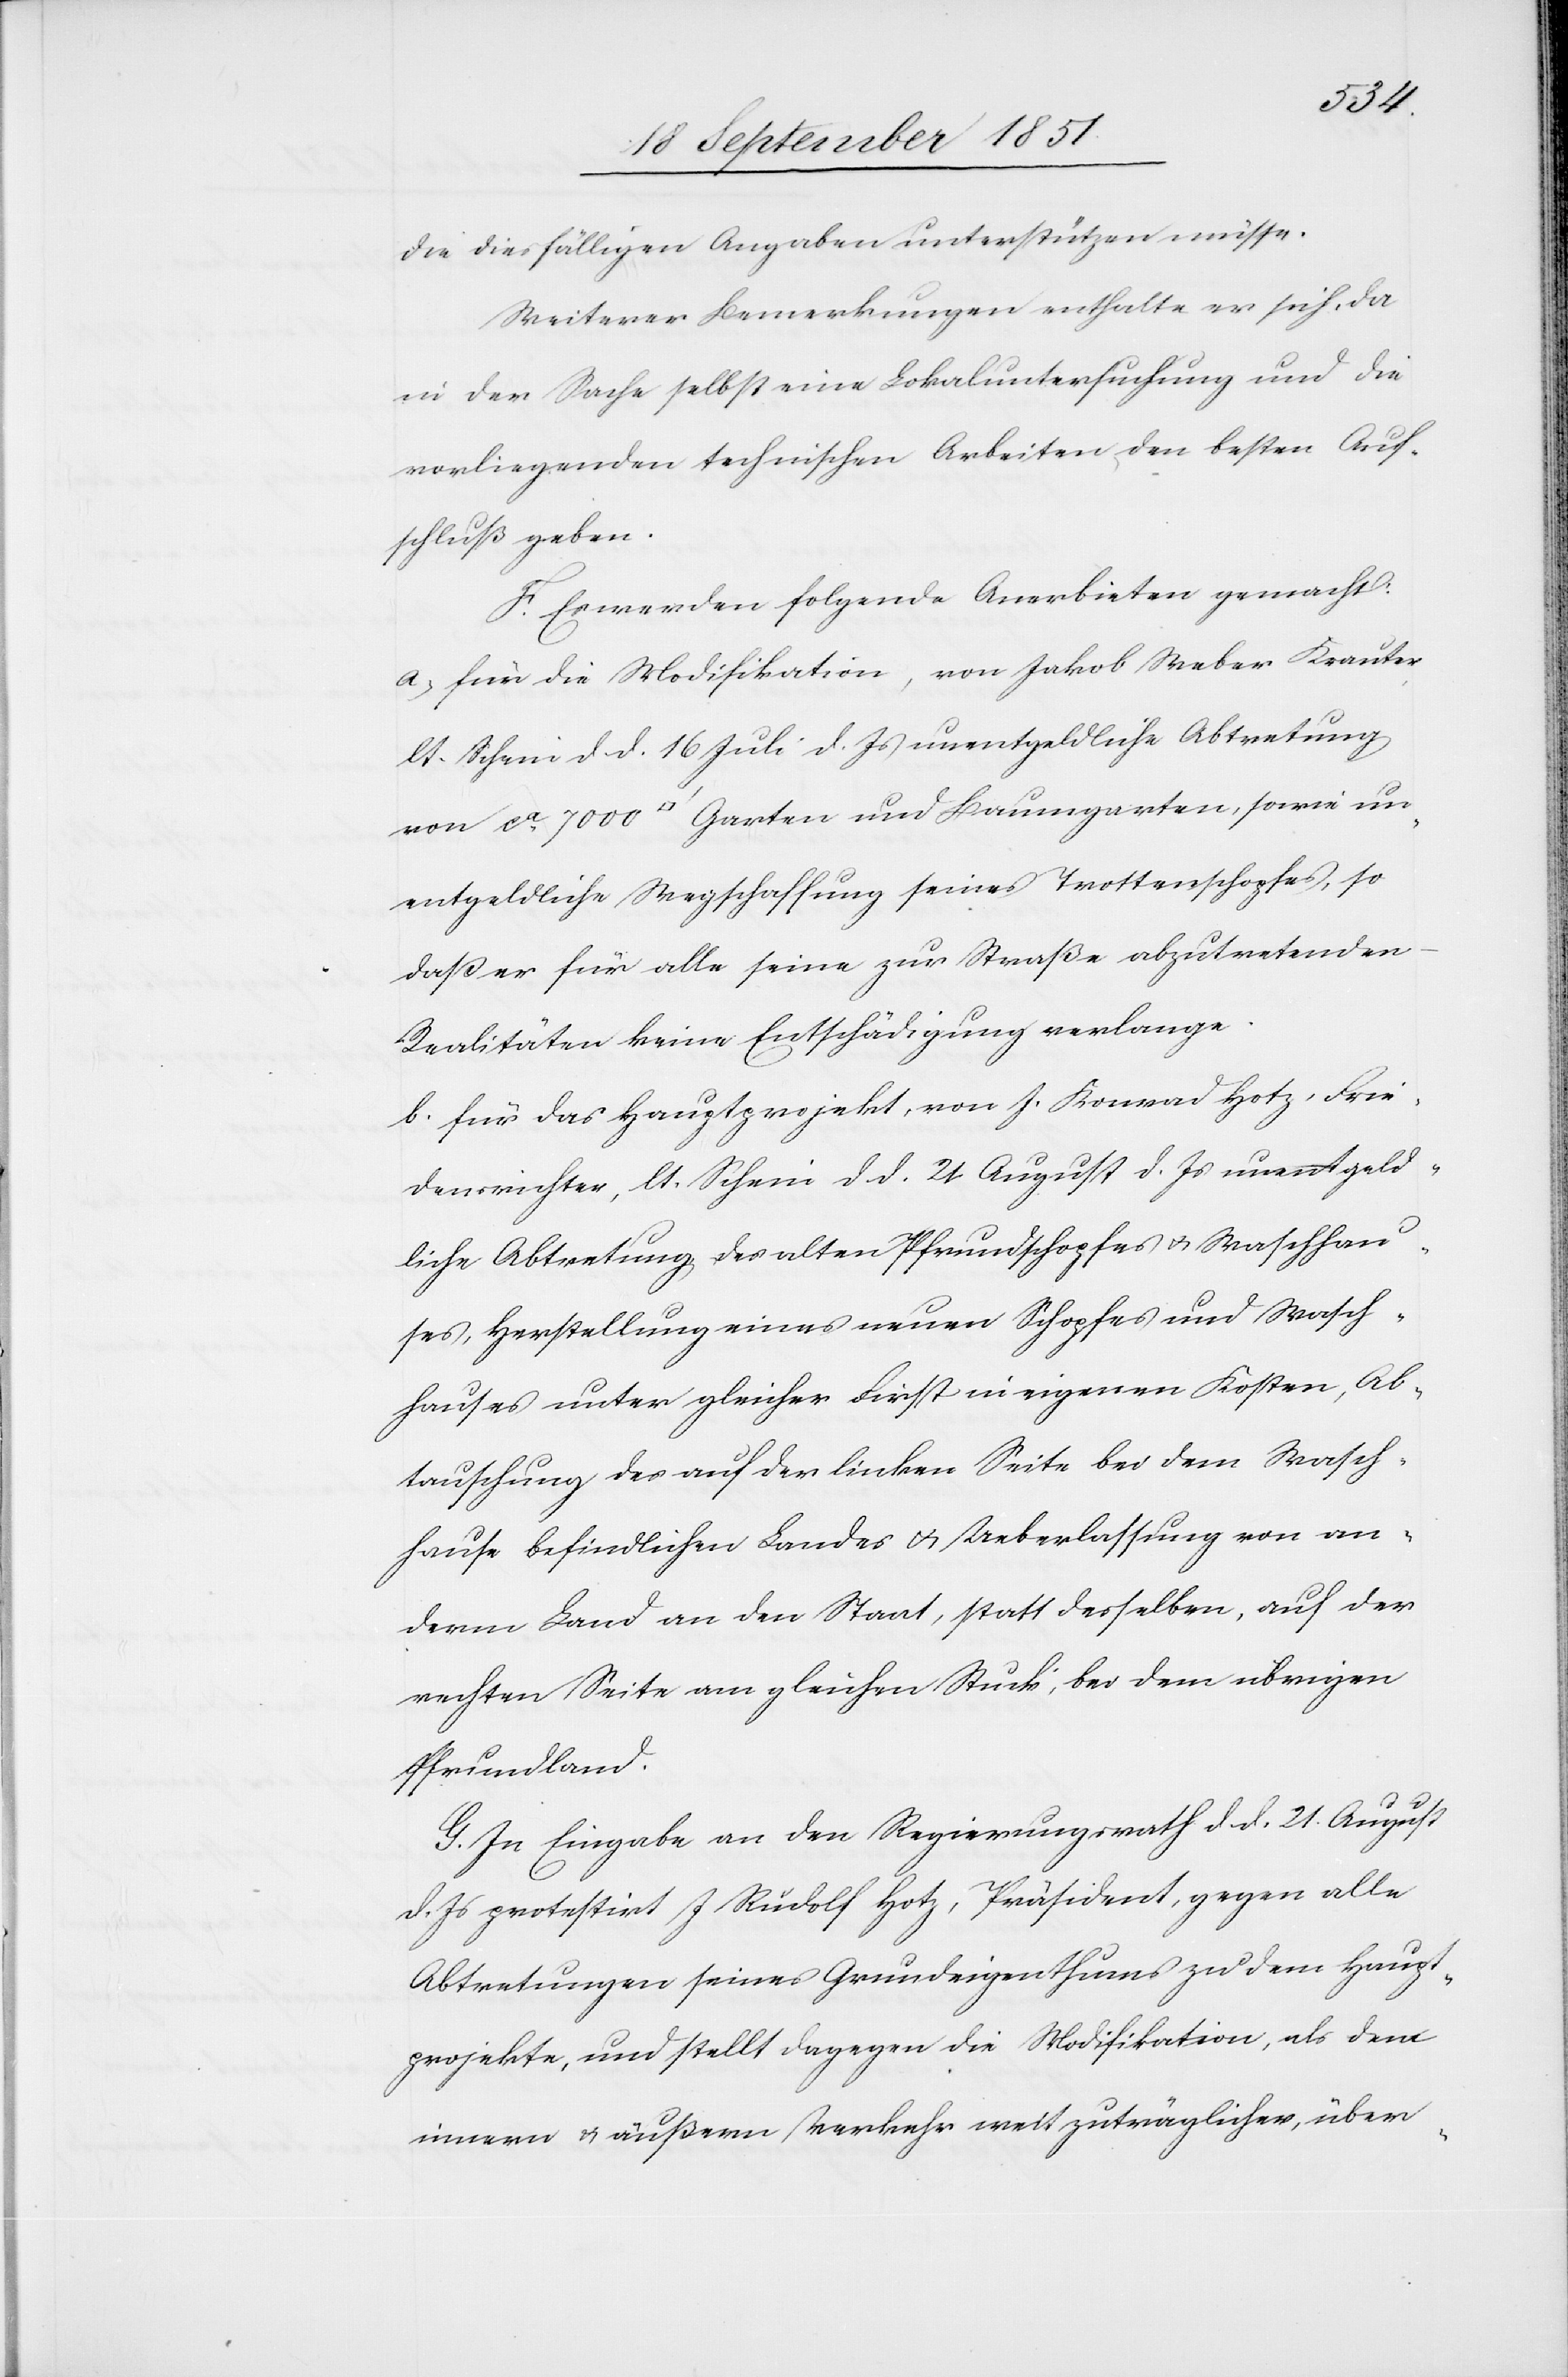
die diesfälligen Angaben unterstützen müsse.
Weiterer Bemerkungen enthalte er sich, da
in der Sache selbst eine Lokaluntersuchung und die
vorliegenden technischen Arbeiten den besten Auf¬
schluß geben.
F. Es werden folgende Anerbieten gemacht:
a.) für die Modifikation, von Jakob Weber Krauter,
lt. Scheni d. d. 16 Juli d. Js unentgeldliche Abtretung
von ca. 7000 [Quadratfuß] Garten und Baumgarten, sowie un¬
entgeldliche Wegschaffung seines Trottenschopfes, so
daß er für alle seine zur Straße abzutretenden
Realitäten keine Entschädigung verlange.
b. für das Hauptprojekt, von J. Konrad Hotz, Frie¬
densrichter, lt. Scheni d d. 21 August d. Js unentgeld¬
liche Abtretung des alten Pfrundschopfes & Waschhau¬
ses, Herstellung eines neuen Schopfes und Wasch¬
hauses unter gleicher First in eigenen Kosten, Ab¬
tauschung des auf der linken Seite bei dem Wasch¬
hause befindlichen Landes & Ueberlassung von an¬
derm Land an den Staat, statt desselben, auf der
rechten Seite am gleichen Stucki, bei dem übrigen
Pfrundland.
G. In Eingabe an den Regierungsrath d. d. 21. August
d. Js protestirt J Rudolf Hotz, Präsident, gegen alle
Abtretungen seines Grundeigenthums zu dem Haupt¬
projekte, und stellt dagegen die Modifikation, als dem
innern & äußern Verkehr weit zuträglicher, über-